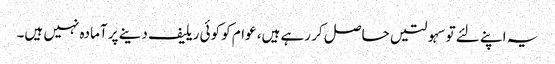
یہ اپنے لئے توسہولتیں حاصل کر رہے ہیں، عوام کو کوئی ریلیف دینے پر آمادہ نہیں ہیں۔